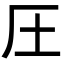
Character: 圧